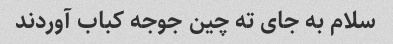
سلام به جای ته چین جوجه کباب آوردند